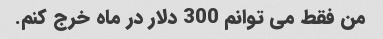
من فقط می توانم 300 دلار در ماه خرج کنم.